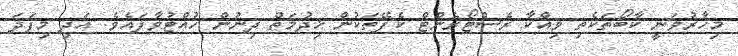
މިހާރުވަނީ ކާބޯތަކެތި ވިއްކާ ރެސްޓޯރެންޓް ކެފޭތަކުން ޚިދުމަތް ދިނުން ހުއްޓުވާފައެވެ. އަދި މިފަދަ